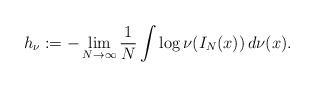
\begin{align*}h _\nu := - \lim _{N \rightarrow \infty} \frac{1}{N} \int \log \nu ( I _N (x) ) \, d \nu (x) .\end{align*}